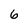
Character: 6